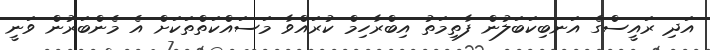
އަދި ރައީސްގެ އަނބިކަބަލުން ފާތިމަތު އިބްރާހިމް ކުރައްވާ މަސައްކަތްތަކަށް އެ މެންބަރުން ވަނީ